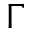
\Gamma